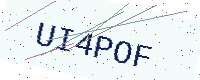
Text: UI4POF